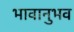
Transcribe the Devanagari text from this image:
भावानुभव